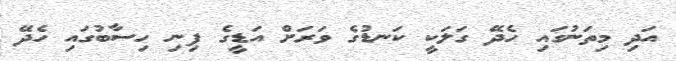
އަދި މިތަނުގައި ހެދޭ ގަލަކީ ކަނޑުގެ ވަރަށް އަޑީގެ ފިނި ހިސާބުގައި ހެދޭ